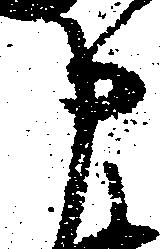
申